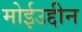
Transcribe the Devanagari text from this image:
मोईउद्दीन